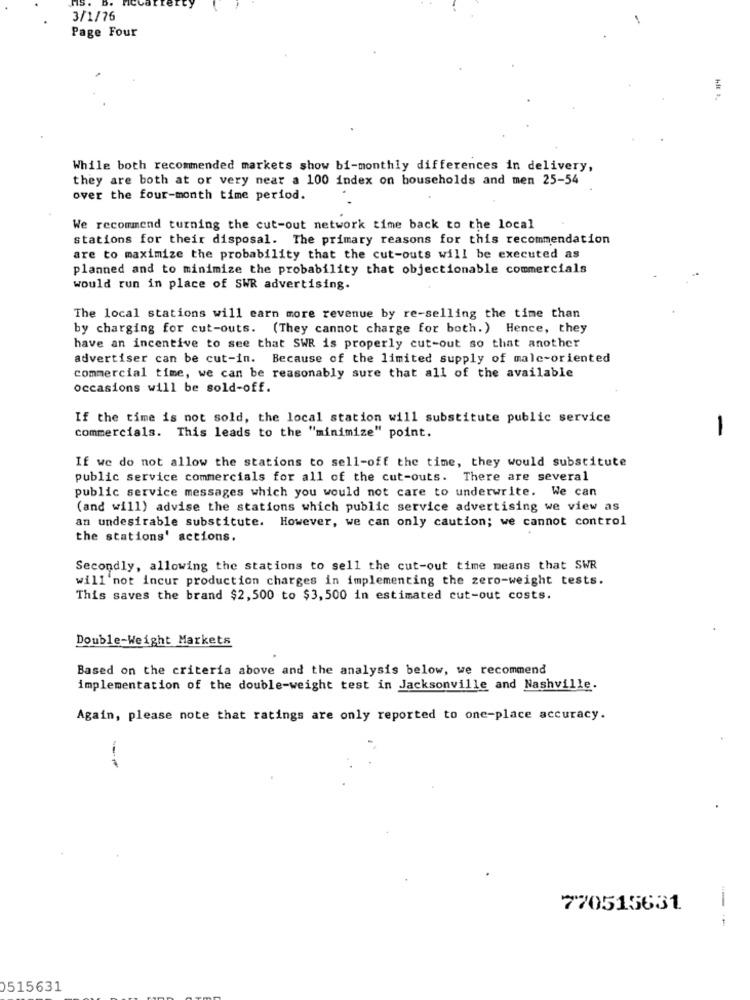
3/1/76
Page Four
While both recommended markets show bi-monthly differences in delivery,
they are both at or very near a 100 index on households and men 25-54
over the four-month time period.
We recommend turning the cut-out network time back to the local
stations for their disposal. The primary reasons for this recommendation
are to maximize the probability that the cut-outs will be executed as
planned and to minimize the probability that objectionable commercials
would run in place of SWR advertising.
The local stations will earn more revenue by re-selling the time than
by charging for cut-outs. (They cannot charge for both. ) Hence, they
have an incentive to see that SWR is properly cut-out so that another
advertiser can be cut-in. Because of the limited supply of male-oriented
commercial time, we can be reasonably sure that all of the available
occasions will be sold-off.
If the time is not sold, the local station will substitute public service
commercials. This leads to the "minimize" point.
-
If we do not allow the stations to sell-off the time, they would substitute
public service commercials for all of the cut-outs. There are several
public service messages which you would not care to underwrite. We can
(and will) advise the stations which public service advertising we view as
an undesirable substitute. However, we can only caution; we cannot control
the stations' actions.
Secondly, allowing the stations to sell the cut-out time means that SWR
will not incur production charges in implementing the zero-weight tests.
This saves the brand $2,500 to $3, 500 in estimated cut-out costs.
Double-Weight Markets
Based on the criteria above and the analysis below, we recommend
implementation of the double-weight test in Jacksonville and Nashville.
Again, please note that ratings are only reported to one-place accuracy.
770515631
515631